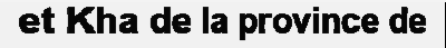
et Kha de la province de